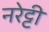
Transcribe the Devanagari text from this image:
नरेट्टी